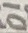
Text: D1